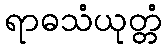
ရာဓသံယုတ္တံ